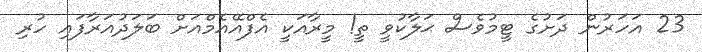
23 އަހަރުން ދަށުގެ ޓީމުވެސް ޙަލާކުވީ ތީ! މީރާއަކީ އެފްއޭއެމްއަށް ބަލަދުއަރާފައި ހުރި